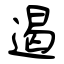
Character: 遏